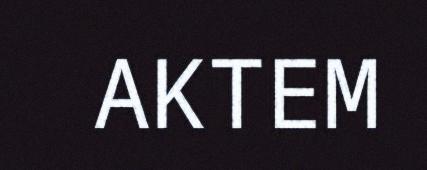
AKTEM